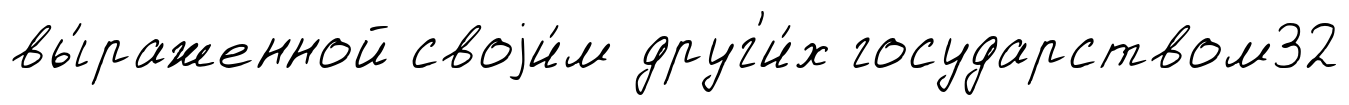
вы́раженной своjи́м друг'и́х государством32